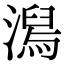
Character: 澙